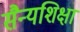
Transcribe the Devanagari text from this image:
सैन्यशिक्षा